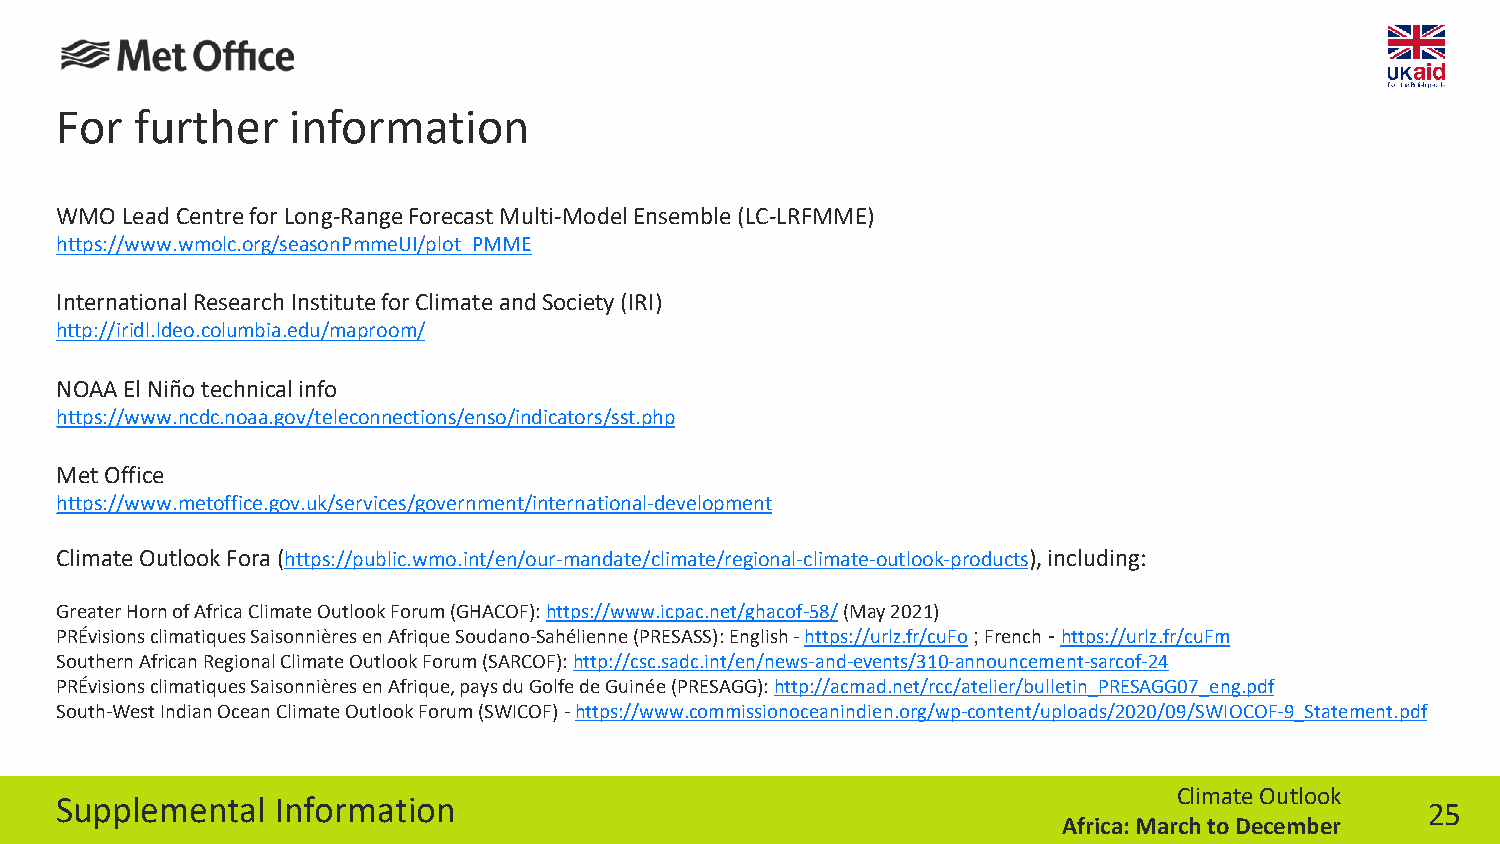
For  further   information
 WMO Lead Centre for Long-Range Forecast Multi-Model Ensemble (LC-LRFMME)
 https://www.wmolc.org/seasonPmmeUI/plot_PMME
 International Research Institute for Climate and Society (IRI)
 http://iridl.ldeo.columbia.edu/maproom/
 NOAA El Niño technicalinfo
 https://www.ncdc.noaa.gov/teleconnections/enso/indicators/sst.php
 Met Office
 https://www.metoffice.gov.uk/services/government/international-development
 Climate Outlook Fora (https://public.wmo.int/en/our-mandate/climate/regional-climate-outlook-products), including:
 Greater Horn of Africa Climate Outlook Forum (GHACOF): https://www.icpac.net/ghacof-58/(May 2021)
 PRÉvisionsclimatiques Saisonnières en Afrique Soudano-Sahélienne (PRESASS): English -https://urlz.fr/cuFo; French -https://urlz.fr/cuFm
 Southern African Regional Climate Outlook Forum (SARCOF): http://csc.sadc.int/en/news-and-events/310-announcement-sarcof-24
 PRÉvisionsclimatiques Saisonnières en Afrique, pays du Golfe de Guinée (PRESAGG): http://acmad.net/rcc/atelier/bulletin_PRESAGG07_eng.pdf
 South-West Indian Ocean Climate Outlook Forum (SWICOF) -https://www.commissionoceanindien.org/wp-content/uploads/2020/09/SWIOCOF-9_Statement.pdf
 Climate Outlook
 Supplemental  Information
 25
 Africa: March to December